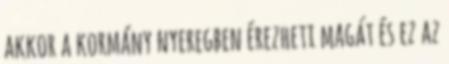
akkor a kormány nyeregben érezheti magát és ez az